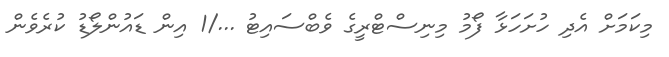
މިކަމަށް އެދި ހުށަހަޅާ ފޯމު މިނިސްޓްރީގެ ވެބްސައިޓު .../1 އިން ޑައުންލޯޑު ކުރެވެން